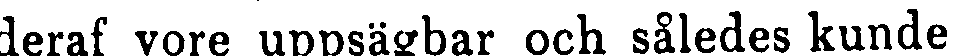
deraf vore uppsägbar och således kunde